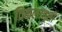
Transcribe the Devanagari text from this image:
विकलजाशी